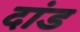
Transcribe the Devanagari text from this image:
दांड